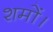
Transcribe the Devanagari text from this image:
शमों।